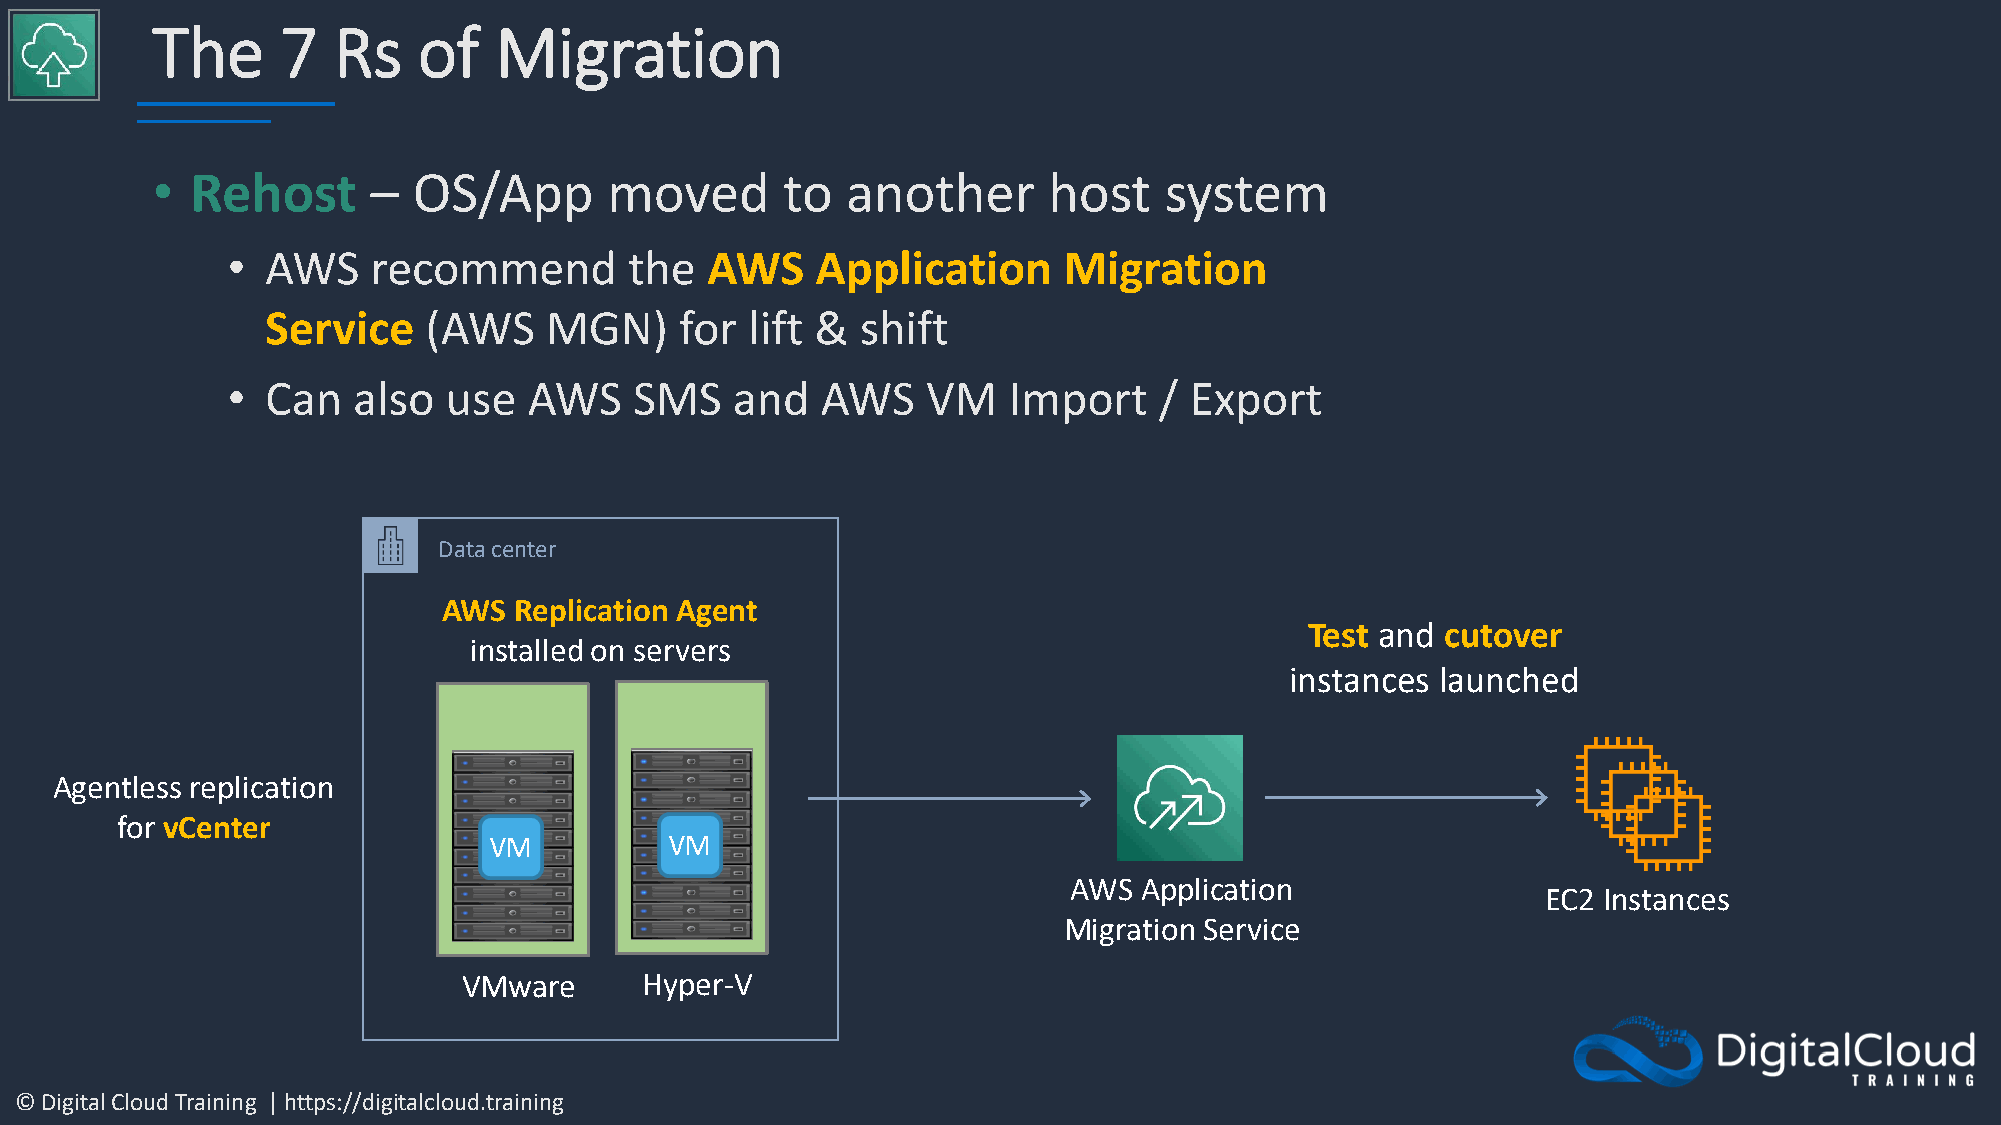
The      7  Rs    of   Migration
 •  Rehost     –  OS/App       moved       to  another      host    system
 •  AWS    recommend        the  AWS    Application     Migration
 Service   (AWS    MGN)     for  lift & shift
 •  Can  also  use   AWS    SMS   and   AWS    VM    Import    / Export
 Data center
 AWS  Replication Agent
 Test and cutover
 installed on servers
 instances launched
 Agentless replication
 for vCenter
 AWS Application
 EC2 Instances
 Migration Service
 VMware      Hyper-V
 © Digital Cloud Training | https://digitalcloud.training